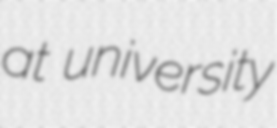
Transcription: at university